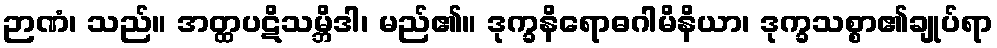
ဉာဏံ၊ သည်။ အတ္ထပဋိသမ္ဘိဒါ၊ မည်၏။ ဒုက္ခနိရောဓဂါမိနိယာ၊ ဒုက္ခသစ္စာ၏ချုပ်ရာ